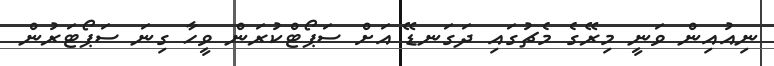
ނިއުއިން ވަނީ މިރޭގެ މެޗުގައި ދަގަނޑޭ އަށް ސަޕޯޓްކުރަން ވީހާ ގިނަ ސަޕޯޓަރުން